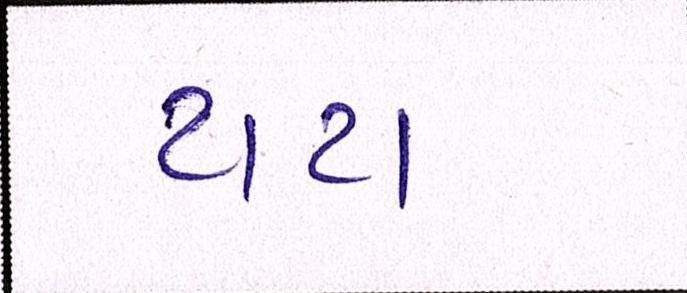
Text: ટાટા